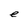
Character: e